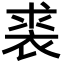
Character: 裘